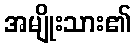
အမျိုးသား၏